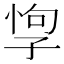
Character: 𡥯